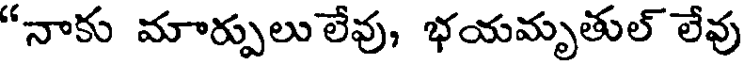
"నాకు మార్పులు లేవు, భయమృతుల్ లేవు